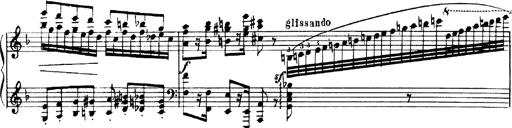
Title: Andante Finale und Marsch aus der Oper KÃ¶nig Alfred
Composer: Franz Liszt